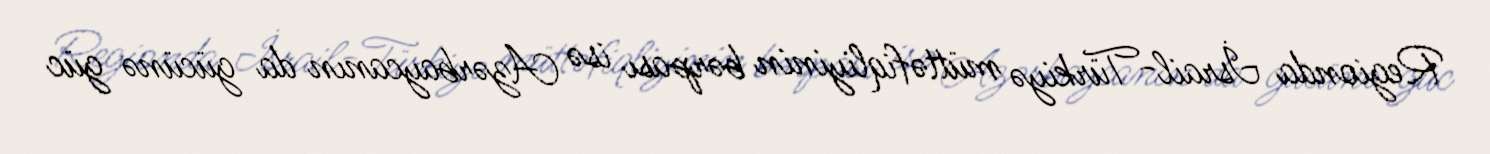
Regionda İsrail-Türkiyə müttəfiqliyinin bərpası isə Azərbaycanın da gücünə güc